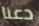
دعنا